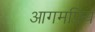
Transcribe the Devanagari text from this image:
आगमप्रिय